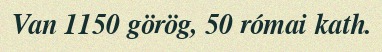
Van 1150 görög, 50 római kath.